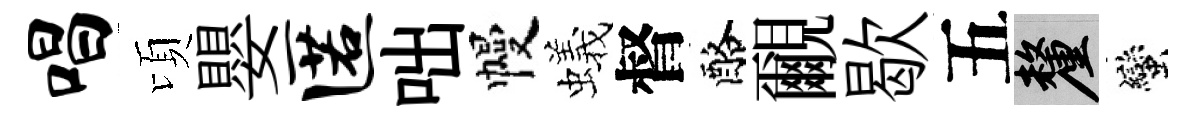
唱頃嬰匿咄幔蟻督酪覼歇五厘蠻